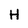
Character: H